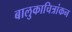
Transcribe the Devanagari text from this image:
बालुकाचित्रांकन